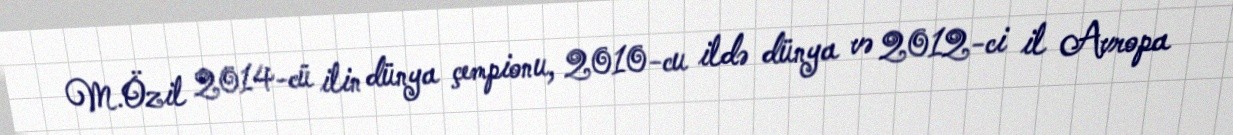
M.Özil 2014-cü ilin dünya çempionu, 2010-cu ildə dünya və 2012-ci il Avropa